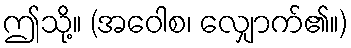
ဤသို့။ (အဝေါစ၊ လျှောက်၏။)